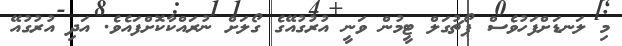
މި ލަނޑަށްފަހުވެސް ޕޯޗުގަލް ޓީމުން ވަނީ އުރުގުއޭގެ ގޯލަށް ނުރައްކާކޮށްފައެވެ. އަދި އުރުގުއޭ